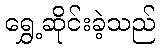
ရွှေ့ဆိုင်းခဲ့သည်